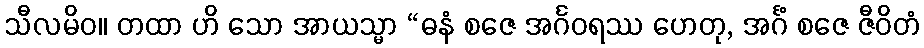
သီလမိဝ။ တထာ ဟိ သော အာယသ္မာ “ဓနံ စဇေ အင်္ဂဝရဿ ဟေတု, အင်္ဂံ စဇေ ဇီဝိတံ